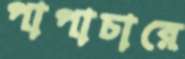
পাপাচারে